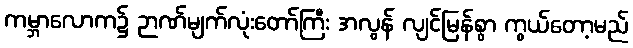
ကမ္ဘာလောက၌ ဉာဏ်မျက်လုံးတော်ကြီး အလွန် လျင်မြန်စွာ ကွယ်တော့မည်